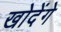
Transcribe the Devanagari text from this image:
खोदेंगे